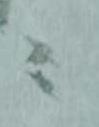
ニ